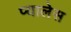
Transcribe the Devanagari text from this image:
प्यालेस